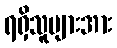
ရရှိသူများအား